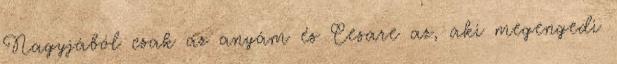
Nagyjából csak az anyám és Cesare az, aki megengedi